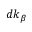
{ d \boldsymbol { k } _ { \beta } }